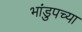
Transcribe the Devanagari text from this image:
भांडुपच्या